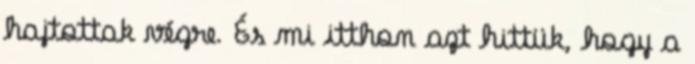
hajtottak végre. És mi itthon azt hittük, hogy a